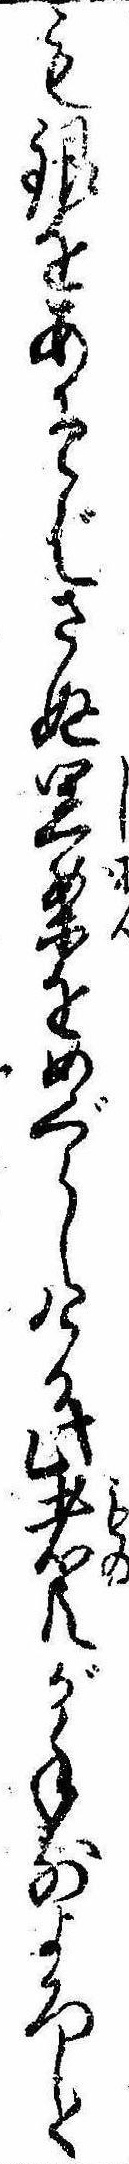
も銀をあそばさぬ思案をめぐらしける此者共が手前よろしく